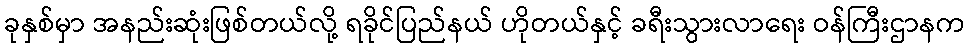
ခုနှစ်မှာ အနည်းဆုံးဖြစ်တယ်လို့ ရခိုင်ပြည်နယ် ဟိုတယ်နှင့် ခရီးသွားလာရေး ဝန်ကြီးဌာနက